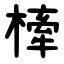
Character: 㯠